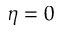
\eta = 0